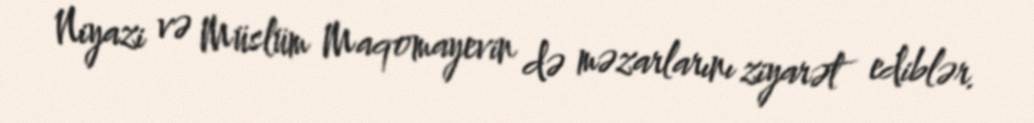
Niyazi və Müslüm Maqomayevin də məzarlarını ziyarət ediblər.